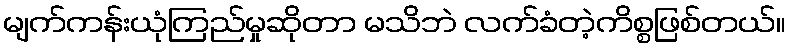
မျက်ကန်းယုံကြည်မှုဆိုတာ မသိဘဲ လက်ခံတဲ့ကိစ္စဖြစ်တယ်။